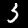
Digit: 3